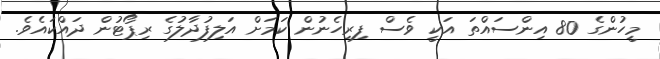
މީހުންގެ 80 އިންސައްތަ އަކީ ވެސް ފިރިހެނުން ކަމަށް އަލިފުދާލުގެ ރިޕޯޓުން ދައްކައެވެ.